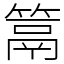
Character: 䈪